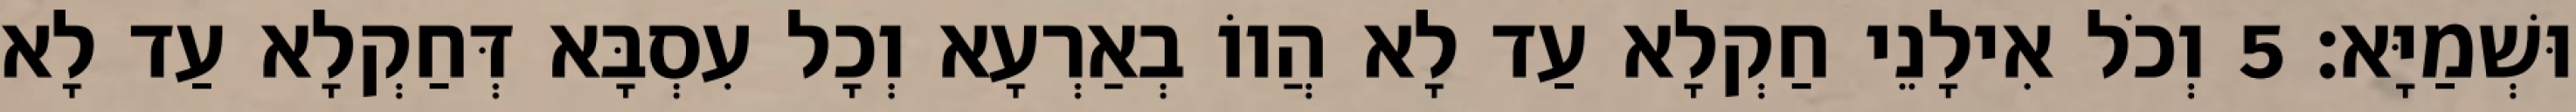
וּשְׁמַיָּא׃ 5 וְכֹל אִילָנֵי חַקְלָא עַד לָא הֲווֹ בְאַרְעָא וְכָל עִסְבָּא דְּחַקְלָא עַד לָא